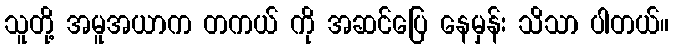
သူတို့ အမူအယာက တကယ် ကို အဆင်ပြေ နေမှန်း သိသာ ပါတယ်။